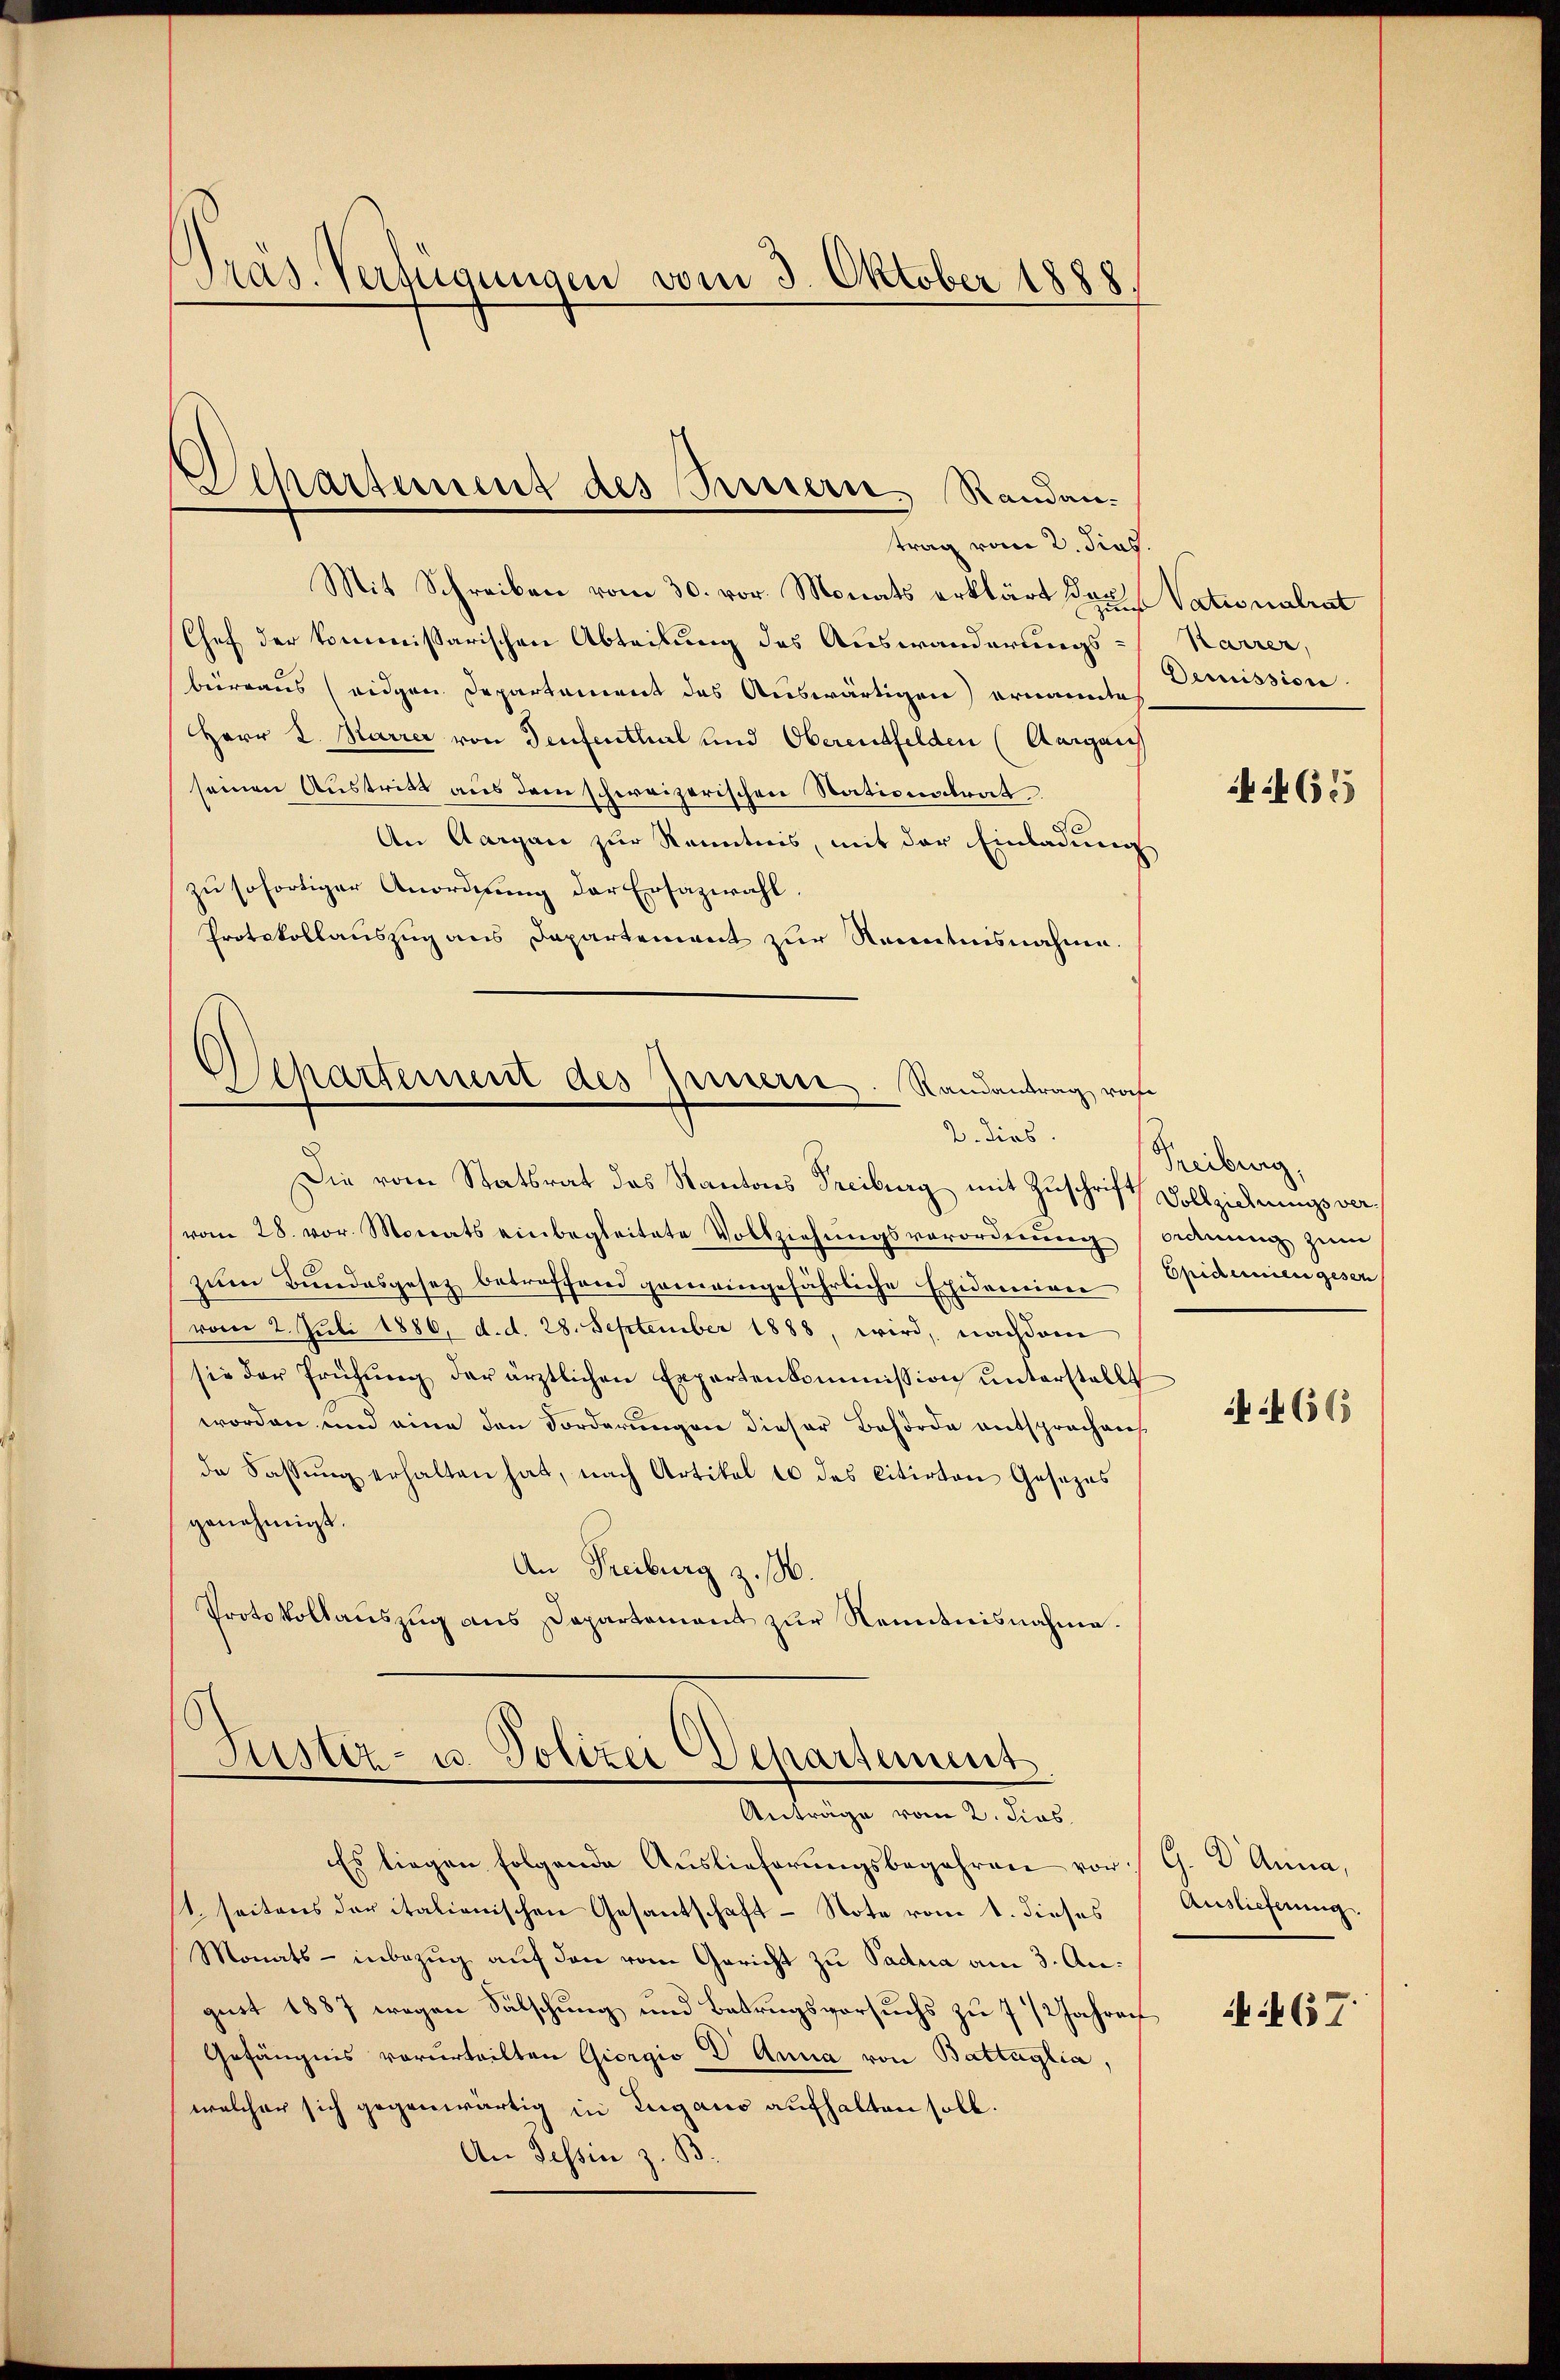
Präs. Verfügungen vom 3. Oktober 1888.

Departement des Feuern Randantrag vom 2. Sies.

Mit Schreiben vom 30. vor. Monats erklärt der Vatinalrat
Chef der kommissarischen Abteilung des Auswanderungs-Karrer,
büreaus eidgen. Departement des Auswärtigen ernannte
Herr K. Karrer von Teufenthal und Oberentfelden (Aargaus
seinen Austritt aus dem schweizerischen Stationstrat
An Aargau zur Kenntnis, mit der Einladung
zu sofortiger Anordnung der Ersazwahl.
Protokollauszug aus Departement zur Renntnisnahme.

Separtement des Innern. Randantrag raf
2. dies

Füster- u. Polizei Departement
Anträge vom 2. Fins

Die vom Statsrat das Kantons Freiburg mit Zuschrift Vollziehnungsvervom 28. vor. Monats einbegleitete Vollziehŭngsverordnŭng ordnung zŭm
zum Bundesgesez betreffend gemeingefährliche Epidemien (Epidemien gesen
vom 2. Juli 1886. d. d. 28. September 1888, wird, nachdem
sie der Prüfŭng der ärztlichen Expertenkommission unterstellt
worden und eine den Forderungen dieser Behörde entsprochen
de Fassŭng erhalten hat, nach Artikel 10 des Citirten Gesezes
genehmigt.
An Freiburg z. H.
Protokollauszug aus Departement zur Kenntnisnahme.

Es liegen folgende Auslieferŭngsbegehren vor G. B. Anna,
t. seitens der italienischen Gesantschaft - Note vom 1. dieses
Monats - inbezug auf den vom Gericht zu Padua am 3. August 1887 wegen Sälschung und Betrugsversuchs zu 7 1/2 Jahren
Gefängnis verurteilten Giorgio D Anna von Battaglia,
welcher sich gegenwärtig in Zugano aufhalten soll.
An Tessin z. B.

Demission

465

Tribung.

466

Auslieferung

67.